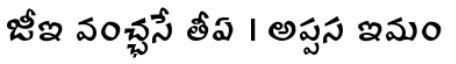
జీఇ వంచ్ఛసే తీఏ । అప్పస ఇమం